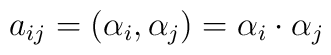
a_{ij} = (\alpha_i, \alpha_j) = \alpha_{i} \cdot \alpha_{j}